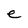
Character: e